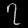
Digit: ၇